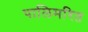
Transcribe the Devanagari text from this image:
पालिमरित